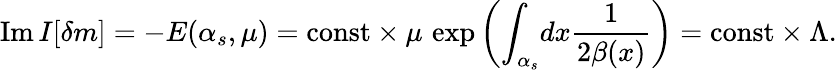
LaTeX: \mathrm{Im}\, I[\delta m]=-E(\alpha_{s},\mu)=\mathrm{const}\times\mu\, \exp\left(\int_{\alpha_{s}}\! dx\frac{1}{2\beta(x)}\right)=\mathrm{const}\times\Lambda.